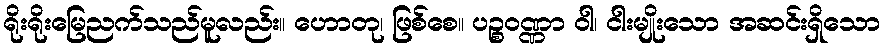
ရိုးရိုးမြေညက်သည်မူလည်း။ ဟောတု၊ ဖြစ်စေ။ ပဉ္စဝဏ္ဏာ ဝါ၊ ငါးမျိုးသော အဆင်းရှိသော